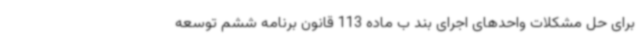
برای حل مشکلات واحدهای اجرای بند ب ماده 113 قانون برنامه ششم توسعه